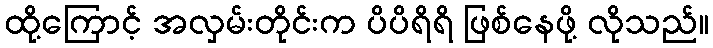
ထို့ကြောင့် အလှမ်းတိုင်းက ပိပိရိရိ ဖြစ်နေဖို့ လိုသည်။